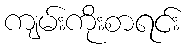
ကျမ်းကိုးစာရင်း